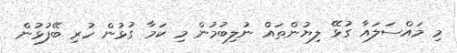
މި މައްސަލައާ ގުޅޭ ލިޔުންތައް ނުލިބުމުން މި ކަމާ ގުޅުން ހުރި ބޭފުޅުން